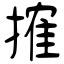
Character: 搉